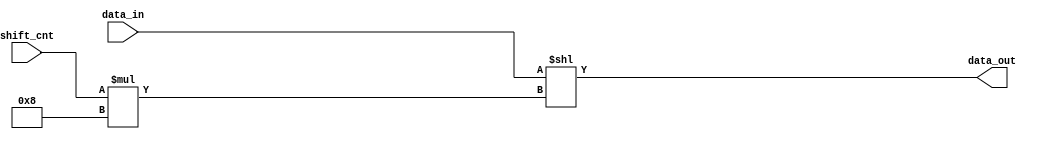
`timescale 1ns / 1ps
//////////////////////////////////////////////////////////////////////////////////
// Company: 
// Engineer: 
// 
// Design Name: 
// Module Name:    shifter 
// Project Name: 
// Target Devices: 
// Tool versions: 
// Description: 
//
// Dependencies: 
//
// Revision: 
// Revision 0.01 - File Created
// Additional Comments: 
//
//////////////////////////////////////////////////////////////////////////////////
module shifter(
		input [17:0] data_in,
		input [1:0] shift_cnt,
		output [7:0] data_out
    );
		
	assign data_out = data_in << (shift_cnt * 8);

endmodule